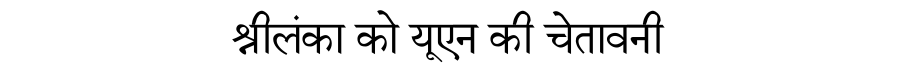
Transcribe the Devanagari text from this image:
श्रीलंका को यूएन की चेतावनी